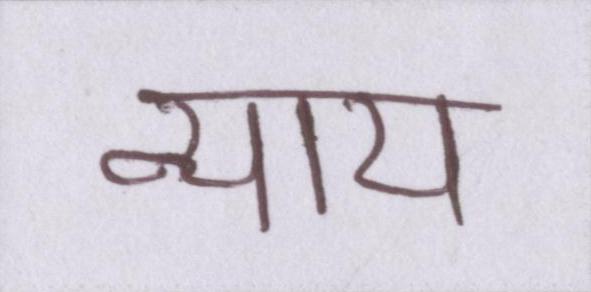
न्याय